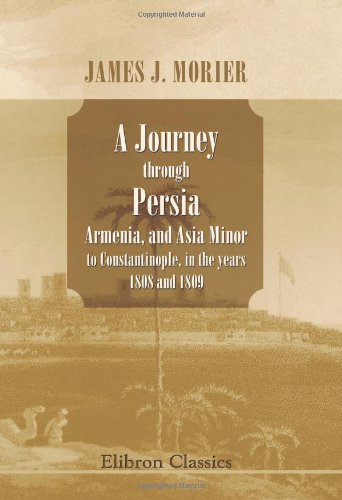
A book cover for A Journey through Persia, Armenia, and Asia Minor, to Constantinople, in the years 1808 and 1809: In which is included, some account of the ... Jones ... to the court of the King of Persia; James Justinian Morier; Travel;